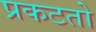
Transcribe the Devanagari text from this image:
प्रकटतो